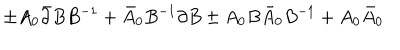
\pm A _ { 0 } \bar { \partial } B B ^ { - 1 } + \bar { A } _ { 0 } B ^ { - 1 } \partial B \pm A _ { 0 } B \bar { A } _ { 0 } B ^ { - 1 } + A _ { 0 } \bar { A } _ { 0 }